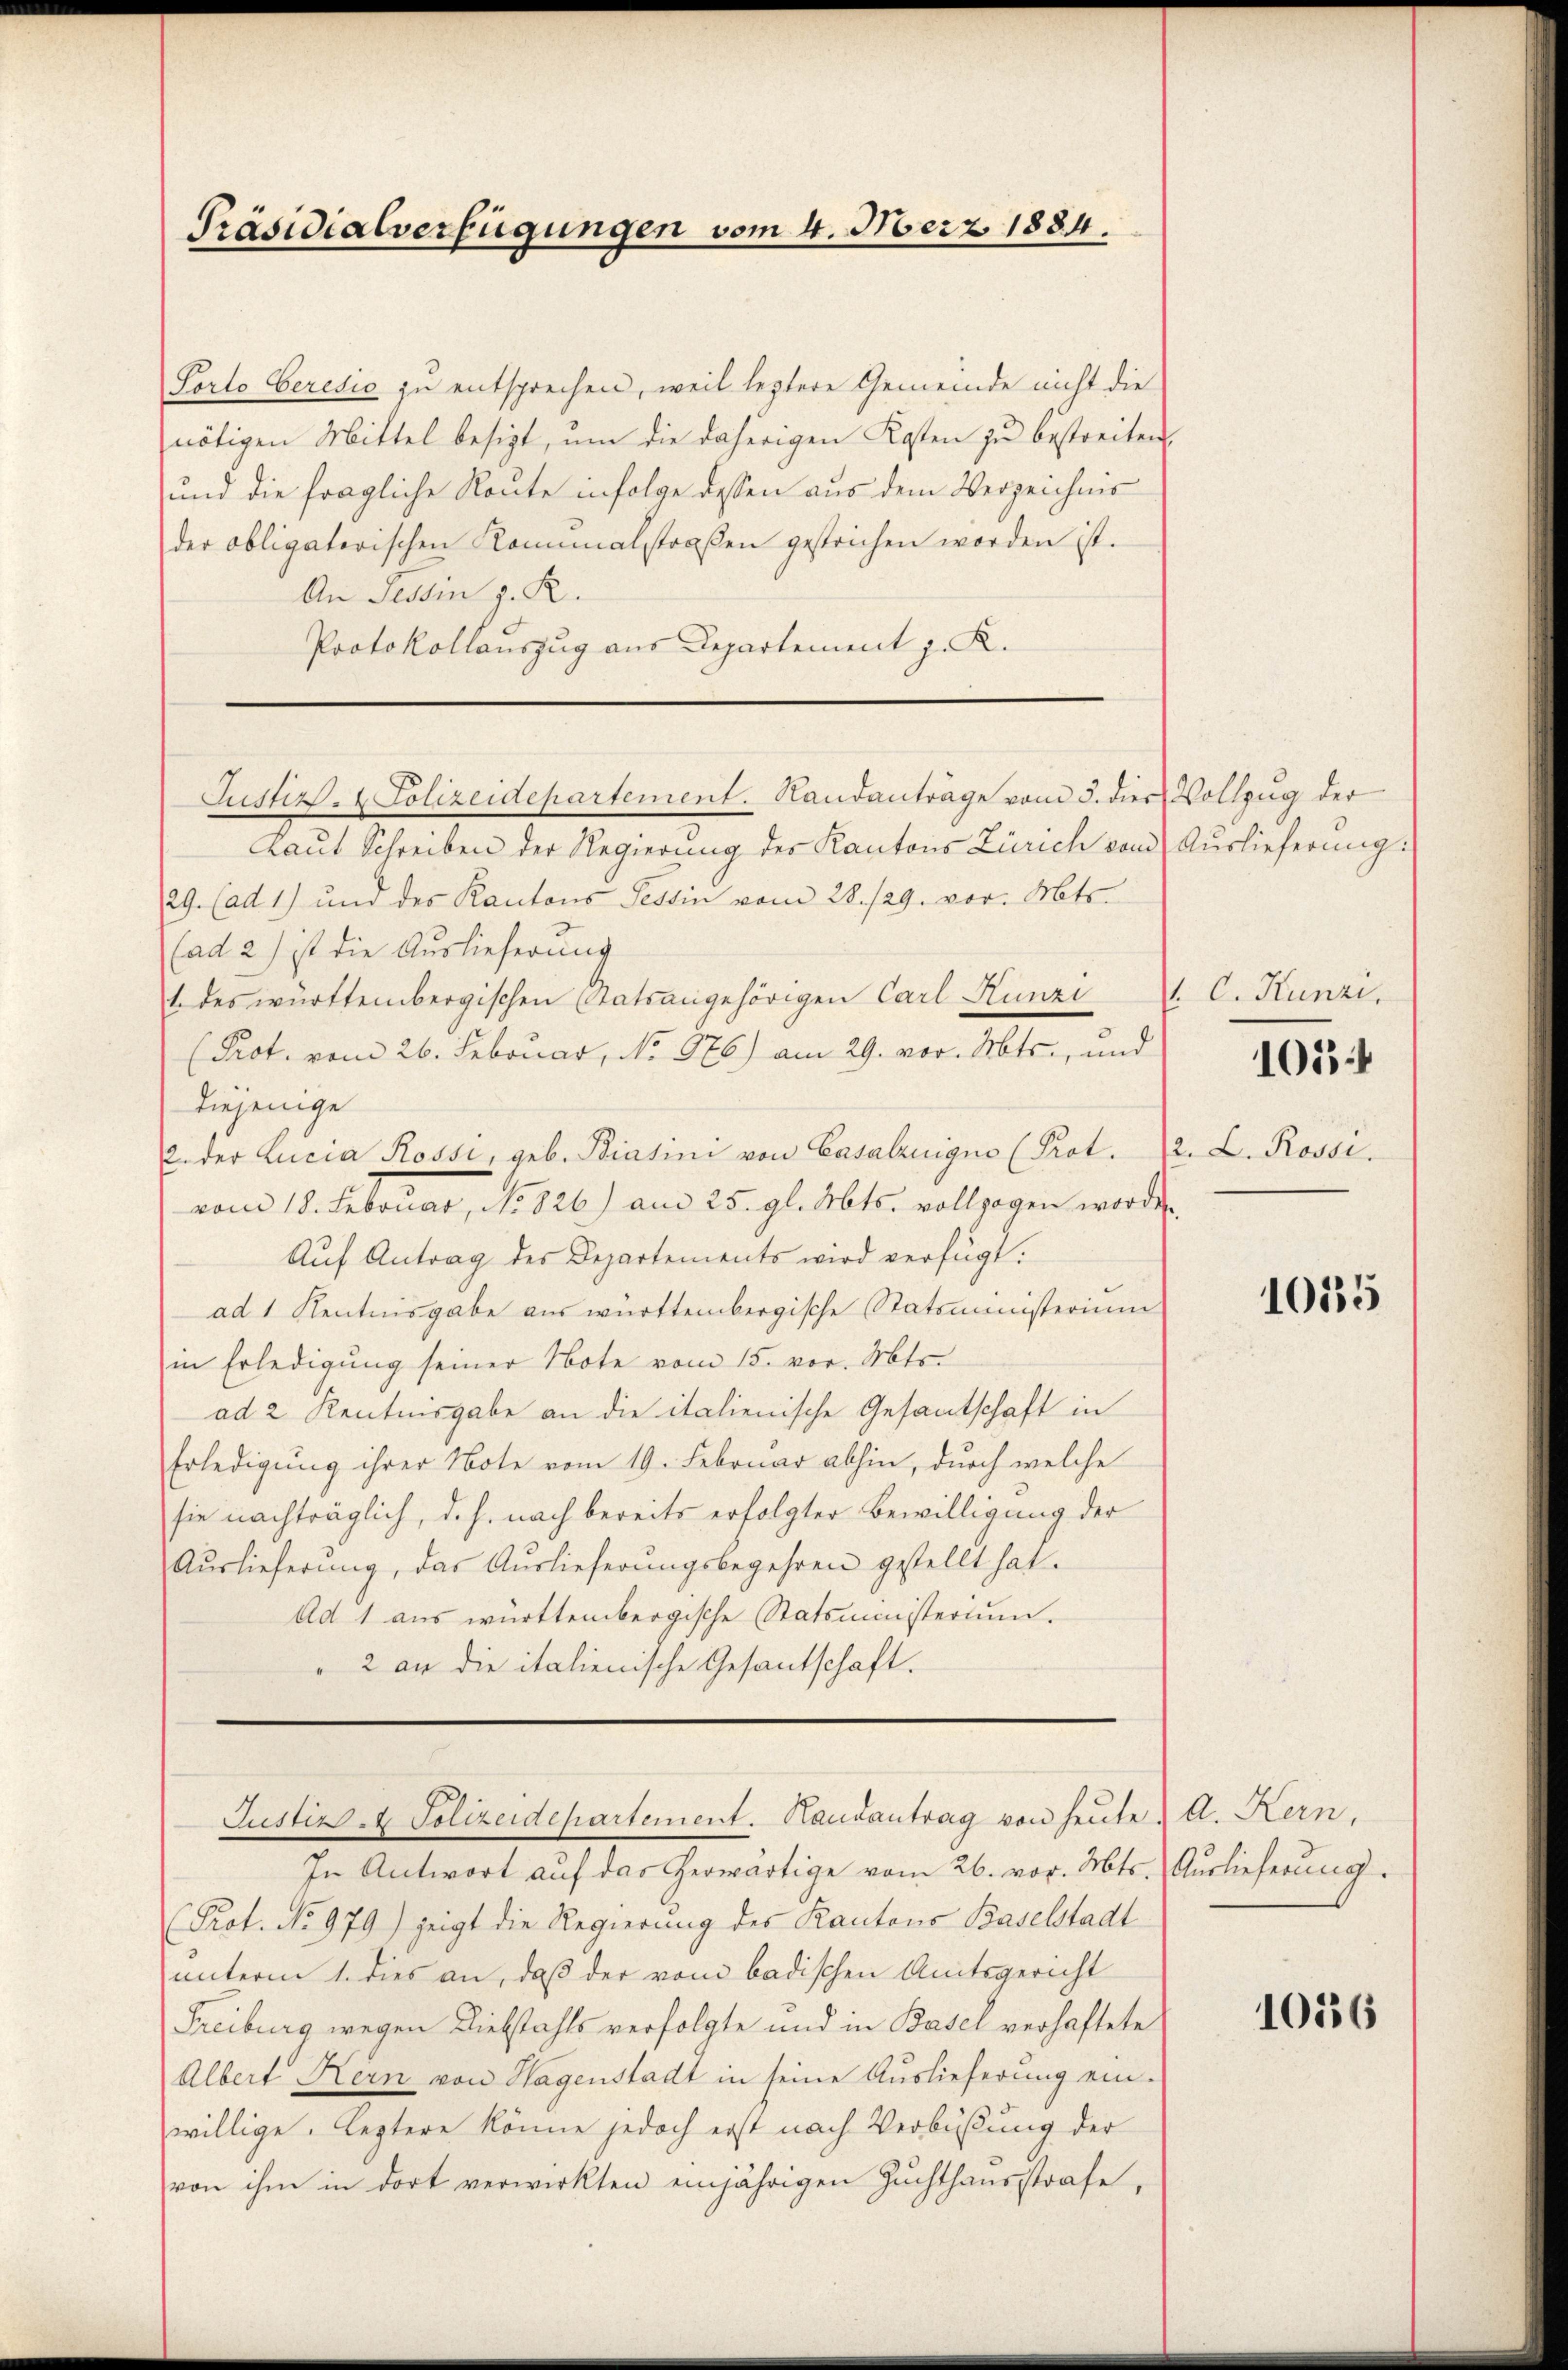
Präsidialverfügungen vom 4. Merz 1884.

Porto Geredio zu entsprechen, weil leztere Gemeinde nicht die
nötigen Mittel besizt, um die daherigen Kosten zu bestreiten,
und die fragliche Route infolge dessen aus dem Verzeichnis
der obligatorischen Kaminalstraßen gestrichen worden ist.
An Tessin z. R.
Protokollauszug aus Departement z. K.

Justiz- & Polizeidepartement. Sandanträge vom 5. dies Vollzug der

Laut Schreiben der Regierung des Kantons Zürich vom Auslieferung:
29. (ad 1) und des Kantons Tessin vom 28./29. vor. Mts.
((ad 2) ist die Auslieferung
t. des württembergischen Statsangehörigen Carl Hunzi V. C. Kunzi,
(Prot. vom 26. Februar, No 976) am 29. vor. Mts., und
diejenige
. der Lucia Rossi, geb. Biasini von Casalzuigno (Prot. 2. L. Rossi
vom 18. Februar, No 826) am 25. gl. Mts. vollzogen worden,
Auf Antrag des Departements wird verfügt:
ad 1 Kentnisgabe aus württembergische Statsministerium
in Erledigung seiner Note vom 15. vor. Mts.
ad 2 Kenntnisgabe an die italienische Gesantschaft in
Erledigung ihrer Note vom 19. Februar abhin, durch welche
sie nachträglich, d. h. nach bereits erfolgter Bewilligung der
Aŭslieferŭng, das Aŭslieferŭngsbegehren gestellt hat.
Ad 1 aus württembergische Statsministerium.
" 2 an die italienische Gesantschaft.

Justiz- & Polizeidepartement. Handantrag von heute & A. Hern,

In Antwort auf das herwärtige vom 26. vor. Mts. Auslieferung.
Prot. No 979) zeigt die Regierung des Kantons Baselstadt
unterm 1. dies an, daß der vom badischen Amtsgericht
Freiburg wegen Liebstahls verfolgte und in Basel verhaftete
Albert Kern von Hagenstadt in seine Auslieferung ein-
willige. Leztere könne jedoch erst nach Verbüßung der
von ihm in dort verwirkten einjährigen Zŭchthausstrafe,

105

1015

1056